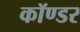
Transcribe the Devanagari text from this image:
कॉण्डर